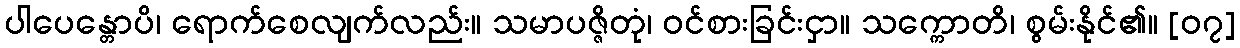
ပါပေန္တောပိ၊ ရောက်စေလျက်လည်း။ သမာပဇ္ဇိတုံ၊ ဝင်စားခြင်းငှာ။ သက္ကောတိ၊ စွမ်းနိုင်၏။ [၀၇]